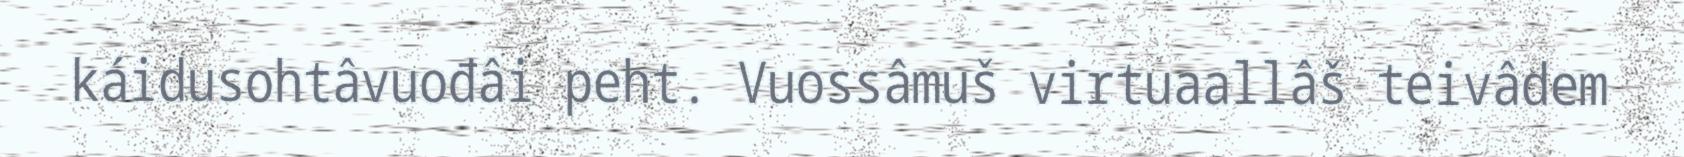
káidusohtâvuođâi peht. Vuossâmuš virtuaallâš teivâdem